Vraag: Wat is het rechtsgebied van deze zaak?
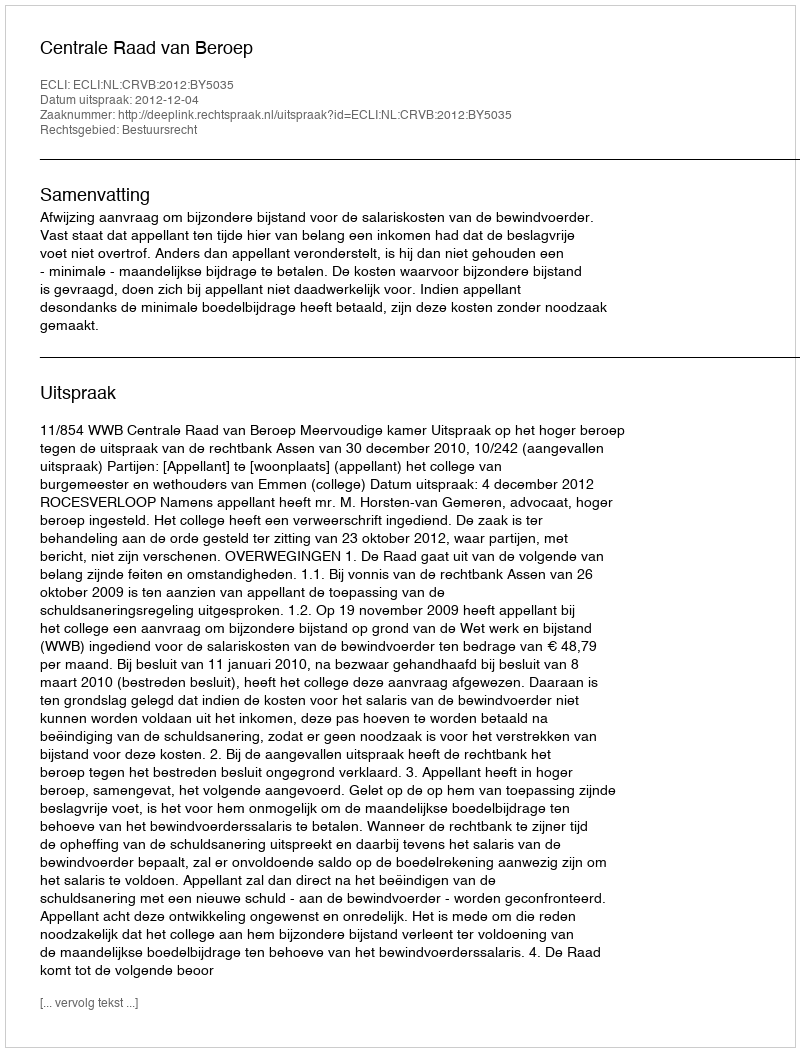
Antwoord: Bestuursrecht